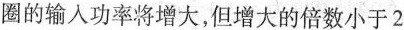
圈的输入功率将增大，但增大的倍数小于2